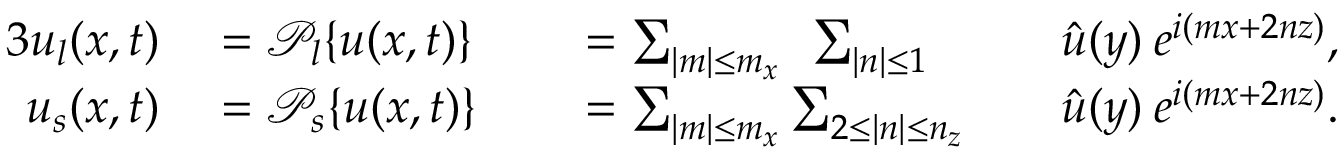
\begin{array} { r l r l r l } { { 3 } \boldsymbol { u } _ { l } ( \boldsymbol { x } , t ) } & { { } = \mathcal { P } _ { l } \{ \boldsymbol { u } ( \boldsymbol { x } , t ) \} } & { } & { { } = \sum _ { | m | \le m _ { x } } \: \: \sum _ { | n | \le 1 } } & { } & { { } \boldsymbol { \hat { u } } ( y ) \: e ^ { i ( m x + 2 n z ) } , } \\ { \boldsymbol { u } _ { s } ( \boldsymbol { x } , t ) } & { { } = \mathcal { P } _ { s } \{ \boldsymbol { u } ( \boldsymbol { x } , t ) \} } & { } & { { } = \sum _ { | m | \le m _ { x } } \sum _ { 2 \le | n | \le n _ { z } } } & { } & { { } \boldsymbol { \hat { u } } ( y ) \: e ^ { i ( m x + 2 n z ) } . } \end{array}